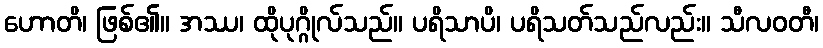
ဟောတိ၊ ဖြစ်၏။ အဿ၊ ထိုပုဂ္ဂိုလ်သည်။ ပရိသာပိ၊ ပရိသတ်သည်လည်း။ သီလဝတီ၊